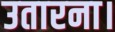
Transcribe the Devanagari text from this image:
उतारना।